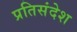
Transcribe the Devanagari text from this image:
प्रतिसंदेश